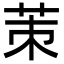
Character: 茦